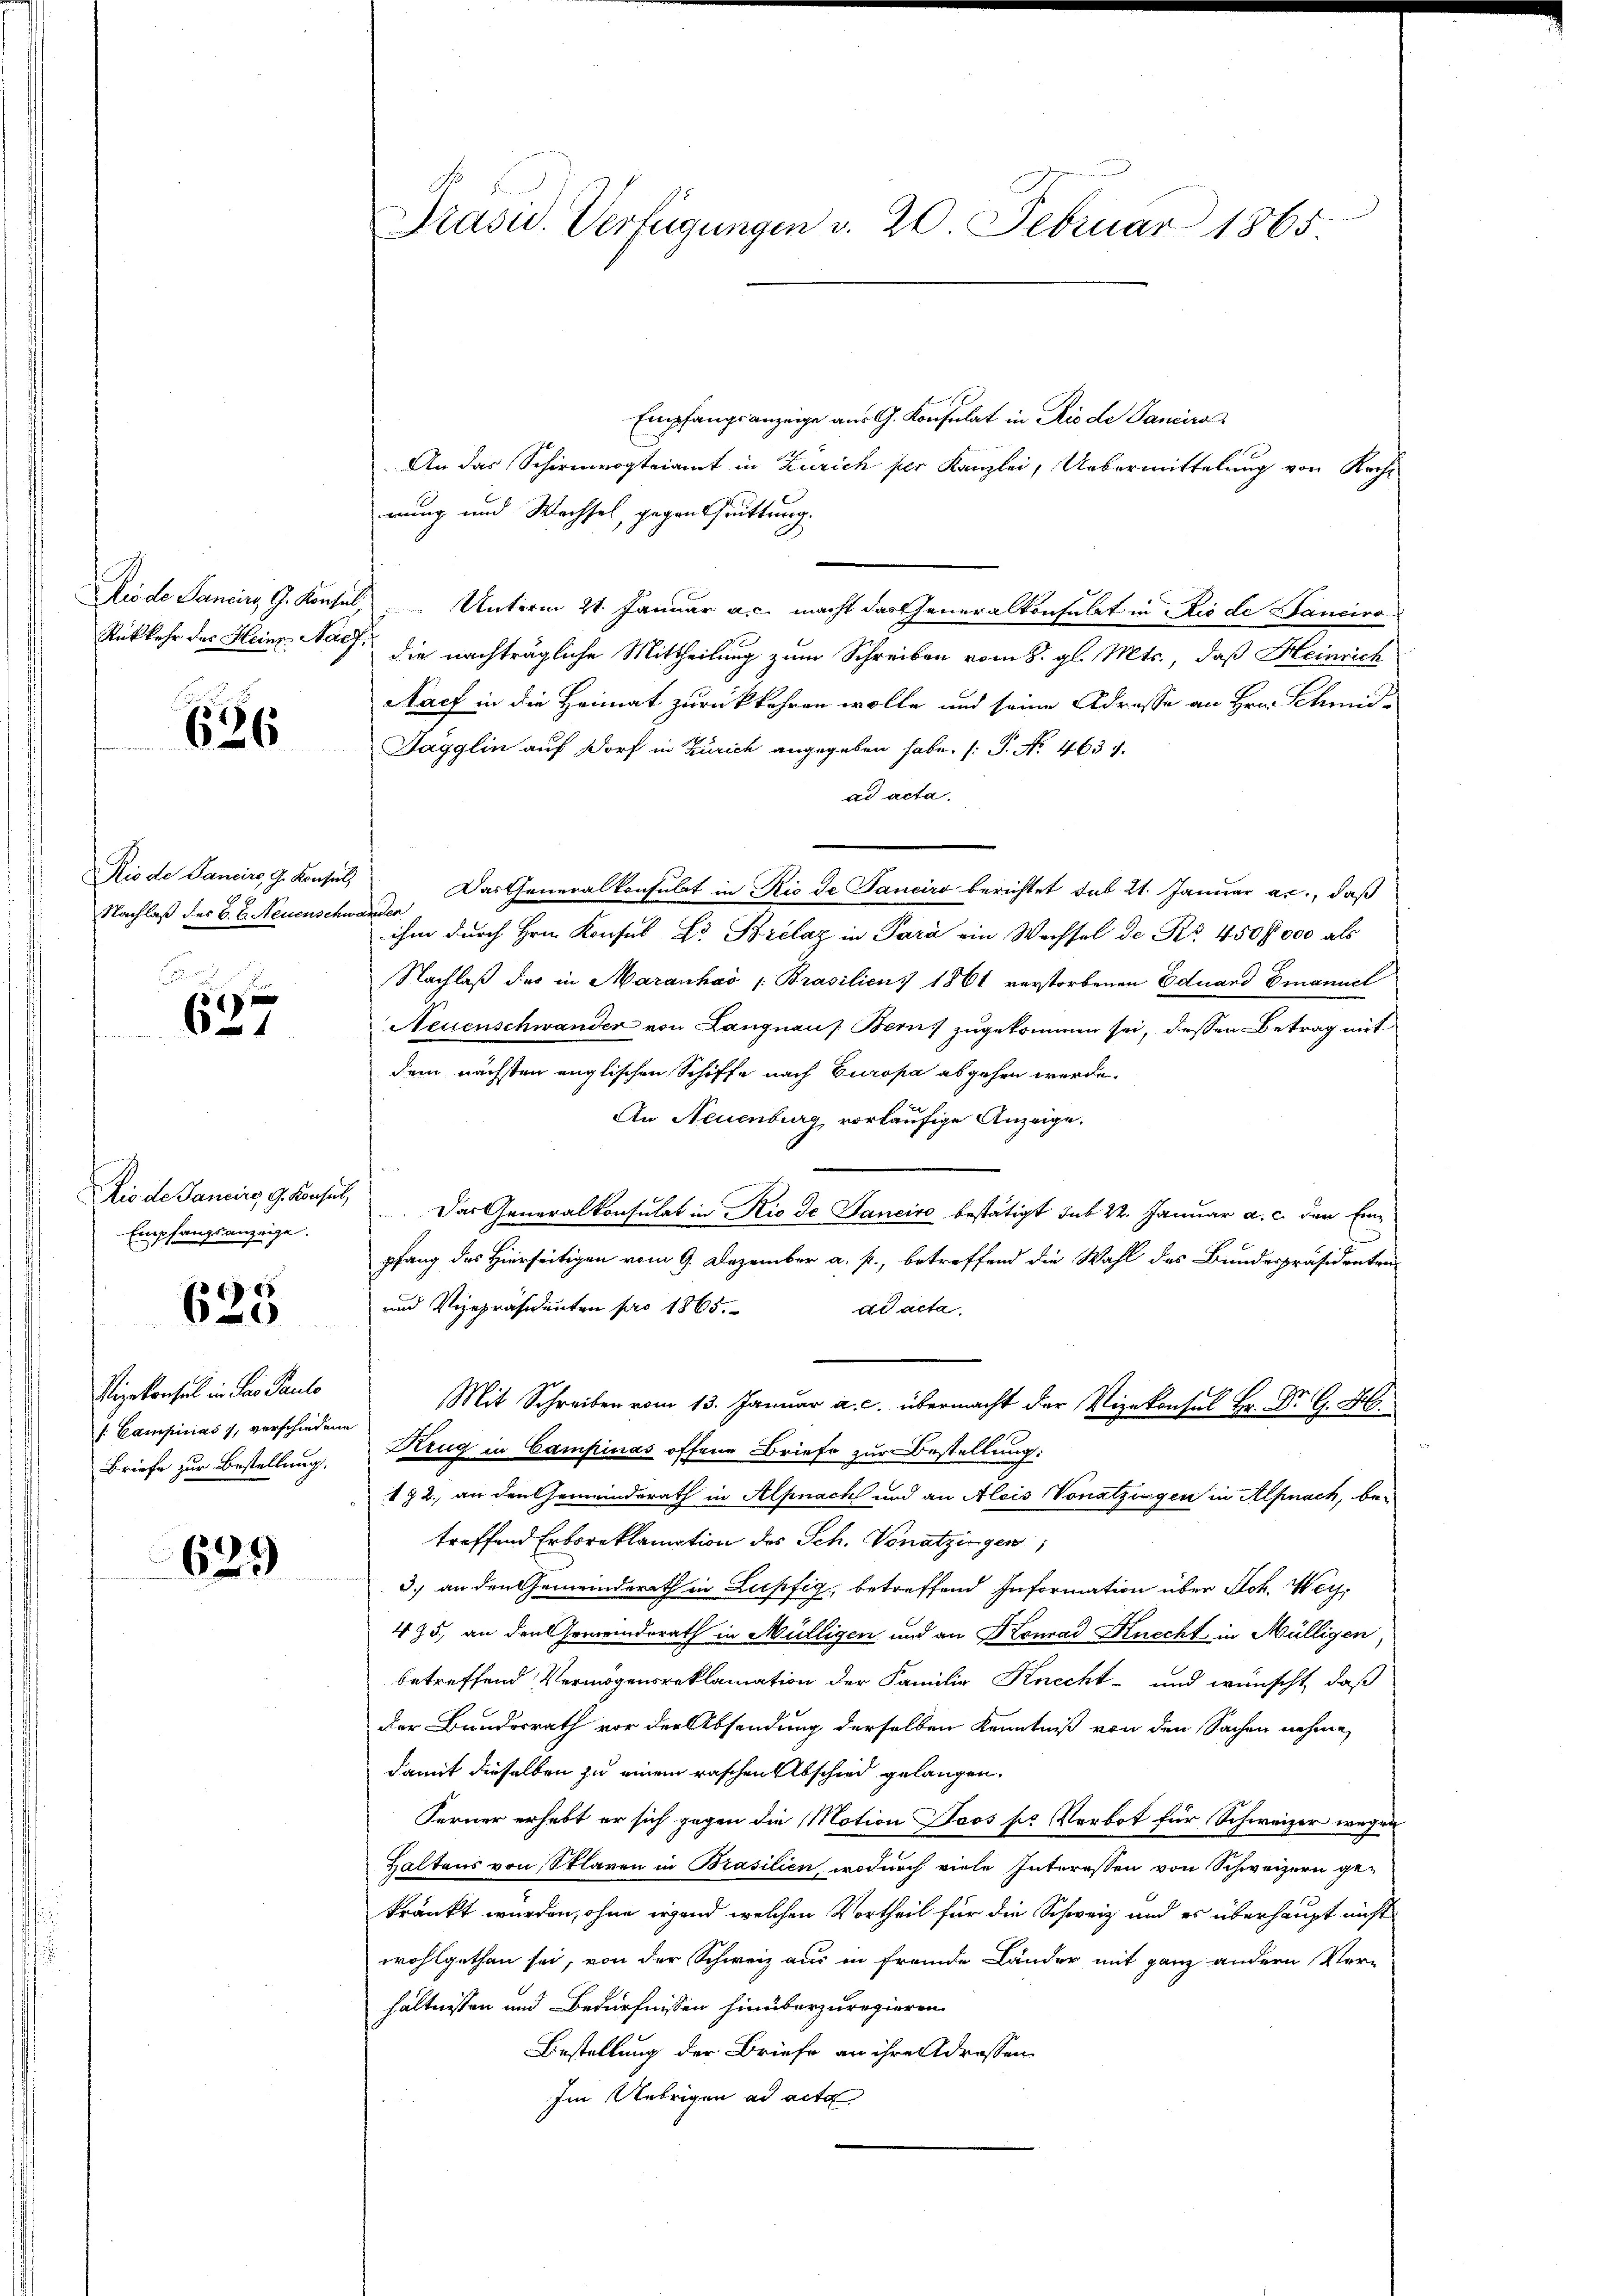
Rükkehr des Heine Nach

626

Rio de Pancirs, G. Konsul
Nachlaß des B. b. Neuenschwanden

87
6

Die de Pancirg, G. Konsul,
Empfangsanzeige.

625

Vizekonsul in Par Paulo
f: Campinas 1, verschiedene
Briefe zur Bestellung.

629

Empfangsanzeige aus G. Konsulat in Rio de Pancira
An das Schirmvogteiamt in Zürich per Kanzlei, Uebermittelung von Rech
rung und Wachsel, gegen trittung.
Riode Sancirg, G. Konsul, Unterm 21. Januar a. c. macht das Generalkonsulat in Rio de Hancirodie nachträgliche Mittheilung zum Schreiben vom 8. gl. Mts., daß Heinrich
Nach in die Heimat zurückkehren wolle und seine Adresse an Hrn. Schmid-
Sagglin auf Dorf in Zürich angegeben habe. (T. No. 463 f.
ad acta.
Das Generalkonsulat in Rio de Sanciro berichtet sub 21. Januar an, daß
ihm durch Hrn. Konsul Dr Brelaz in Para ein Wechsel de Nr. 450 fl. 000 als
Nachlaß des in Maranhaó /: Brasilien 1861 verstorbenen Eduard Emanuel
Neuenschwander von Langnau s. Bern, zugekommen sei, dessen Betrag mit
dem nächsten englischen Schiffe nach Europa abgehen werde.
An Neuenburg vorläufige Anzeige.
Das Generalkonsulat in Rio de Janeiro bestätigt sub 22. Januar a. c. der Einpfang des Hierseitigen vom 9. Dezember a. p., betreffend die Wahl des Bundespräsidenten-
und Vizepräsidenten pro 1865.
ad acta.
.
Krug in Campinas offene Briefe zur Bestellung:
172, an den Gemeinderath in Alpnach und an Alois Vonatzigen in Alpnach, be-
treffend Erboreklamation des Sch. Vonatzingen,
3.) an den Gemeinderath in Lupfig, betreffend Information über Joh. Wey¬
475, an den Gemeindsrath in Mülligen und an Konrad Knecht in Mülligen
betreffend Vermögensreklamation der Familie Knecht- und wünscht, daß
der Bundesrath vor der Absendung derselben Kenntniß von den Sachen nehme,
damit dieselben zu einem raschen Abschied gelangen.
Ferner erhebt er sich gegen die Motion Seos so Verbot für Schweizer wegen
Haltens von Sklaren in Brasilien, wodurch viele Interessen von Schweizern gekränkt wurden, ohne irgend welchen Vortheil für die Schweiz und es überhaupt nicht
wohlgethan sei, von der Schweiz aus in fremde Länder mit ganz andern Ver-
hältnissen und Bedürfnissen hinüberzuregieren.
Bestellung der Briefe an ihrendrassen
Im Uebrigen ad acta

Präsid. Verfügungen v. 20. Februar 1865.